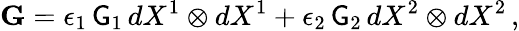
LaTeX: \mathbf{G}=\epsilon_{1}\, \mathsf{G}_{1}\, dX^{1}\otimes dX^{1}+\epsilon_{2}\, \mathsf{G}_{2}\, dX^{2}\otimes dX^{2}\, ,